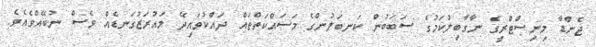
ޖެންޑާ މިނިސްޓްރީގެ ނާގާބިލުކަމުގެ ސަބަބުން ކަނބަލުންގެ މަސައްކަތްތައް ދައްކުވައިދޭ މައުރަޒުގަނޑެއް ވެސް ނުބޭއްވެއެވެ.